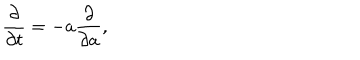
{ \frac { \partial } { \partial t } } = - a { \frac { \partial } { \partial a } } ,